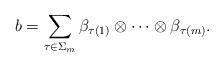
LaTeX: \begin{align*}b = \sum_{\tau \in \Sigma_m} \beta_{\tau(1)} \otimes \cdots \otimes \beta_{\tau(m)}.\end{align*}